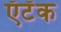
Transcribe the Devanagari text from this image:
ऍटॅक